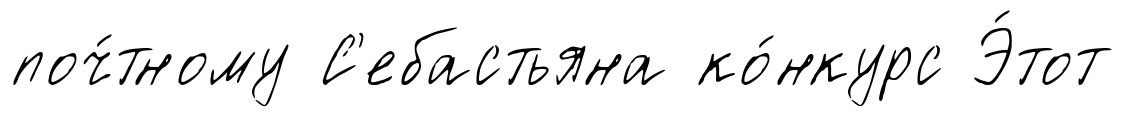
поч́тному С'ебастьяна ко́нкурс Э́тот